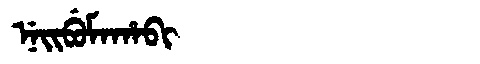
Manchu: ᠨᡝᡳᠪᡠᠮᠠᡥᠠᠪᡳ
Romanization: NEIBUMAHABI